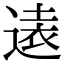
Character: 𫟨